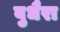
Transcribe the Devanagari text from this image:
बुधैरा